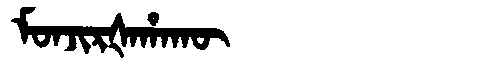
Manchu: ᠮᠣᠨᠵᡳᡵᡧᠠᡥᠠᡴᡡ
Romanization: MONJIRŠAHAKŪ